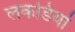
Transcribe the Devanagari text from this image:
लकडियां